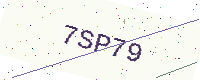
Text: 7SP79